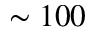
\sim 1 0 0